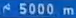
5000 m